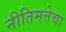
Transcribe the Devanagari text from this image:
नीतिमत्तेचा